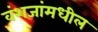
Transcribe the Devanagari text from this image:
वंशजांमधील